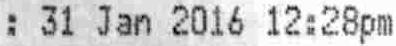
: 31 JAN 2016 12:28PM